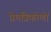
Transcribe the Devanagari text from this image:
प्रेमत्रिकोणों